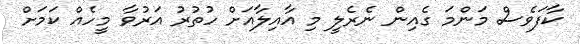
ކާފަވެސް މަންމަ ގެއިން ނެރެލީ މި އާއިލާއަށް ހުތުރު އަރުވާ މީހެއް ކަމަށް